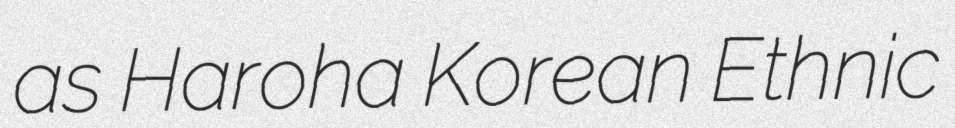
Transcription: as Haroha Korean Ethnic